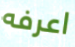
اعرفه